Indian journal of veterinary science and animal husbandry - Volume 4,
Year: 1934
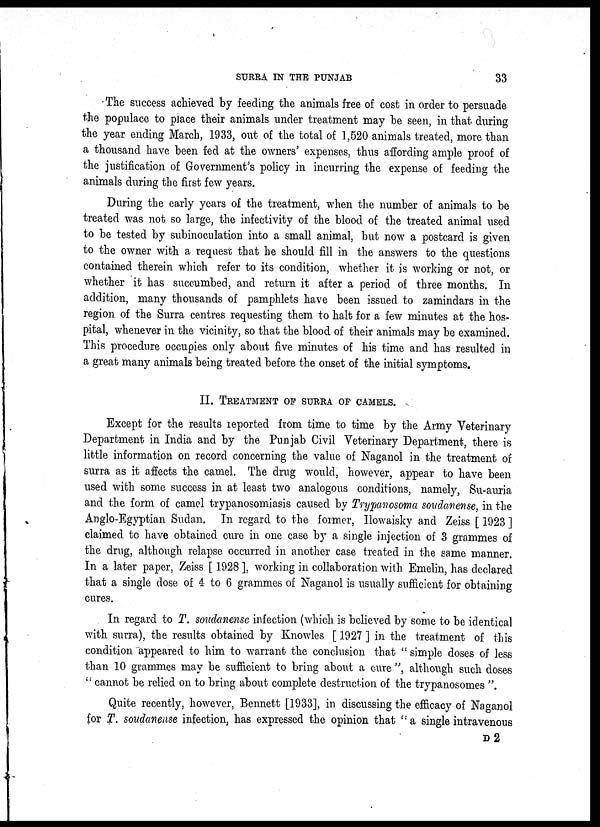
SURRA IN THE PUNJAB
33
The success achieved by feeding the animals free of cost in order to persuade
the populace to place their animals under treatment may be seen, in that during
the year ending March, 1933, out of the total of 1,520 animals treated, more than
a thousand have been fed at the owners' expenses, thus affording ample proof of
the justification of Government's policy in incurring the expense of feeding the
animals during the first few years.
During the early years of the treatment, when the number of animals to be
treated was not so large, the infectivity of the blood of the treated animal used
to be tested by subinoculation into a small animal, but now a postcard is given
to the owner with a request that he should fill in the answers to the questions
contained therein which refer to its condition, whether it is working or not, or
whether it has succumbed, and return it after a period of three months. In
addition, many thousands of pamphlets have been issued to zamindars in the
region of the Surra centres requesting them to halt for a few minutes at the hos-
pital, whenever in the vicinity, so that the blood of their animals may be examined.
This procedure occupies only about five minutes of his time and has resulted in
a great many animals being treated before the onset of the initial symptoms.
II.TREATMENT OF SURRA OF CAMELS.
Except for the results reported from time to time by the Army Veterinary
Department in India and by the Punjab Civil Veterinary Department, there is
little information on record concerning the value of Naganol in the treatment of
surra as it affects the camel. The drug would, however, appear to have been
used with some success in at least two analogous conditions, namely, Su-auria
and the form of camel trypanosomiasis caused by Trypanosoma soudanense, in the
Anglo-Egyptian Sudan. In regard to the former, Howaisky and Zeiss [ 1923 ]
claimed to have obtained cure in one case by a single injection of 3 grammes of
the drug, although relapse occurred in another case treated in the same manner.
In a later paper, Zeiss [ 1928 ], working in collaboration with Emelin, has declared
that a single dose of 4 to 6 grammes of Naganol is usually sufficient for obtaining
cures.
In regard to T. soudanense infection (which is believed by some to be identical
with surra), the results obtained by Knowles [ 1927 ] in the treatment of this
condition appeared to him to warrant the conclusion that " simple doses of less
than 10 grammes may be sufficient to bring about a cure ", although such doses
"cannot be relied on to bring about complete destruction of the trypanosomes ".
Quite recently, however, Bennett [1933], in discussing the efficacy of Naganol
for T. soudanense infection, has expressed the opinion that " a single intravenous
D 2